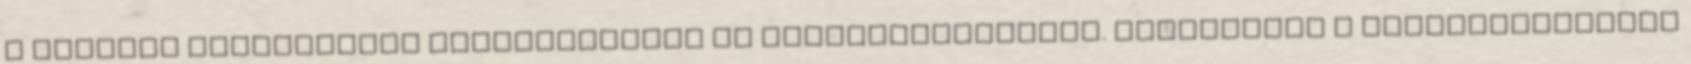
a földdel kapcsolatos tevékenységek is jövedelmezhetnek. Tigrisként a reklámszakmában